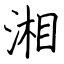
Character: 湘